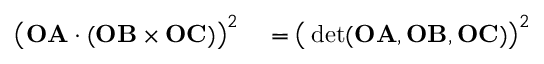
\begin{array} { r l } { { \bigl ( } \mathbf { O A } \cdot ( \mathbf { O B } \times \mathbf { O C } ) { \bigr ) } ^ { 2 } } & { { } = { \bigl ( } \operatorname* { d e t } ( \mathbf { O A } , \mathbf { O B } , \mathbf { O C } ) { \bigr ) } ^ { 2 } } \end{array}